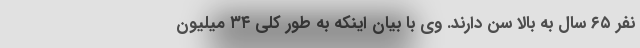
نفر ۶۵ سال به بالا سن دارند. وی با بیان اینکه به طور کلی ۳۴ میلیون